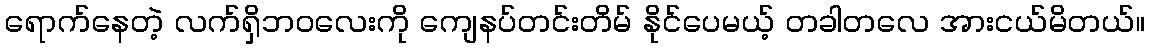
ရောက်နေတဲ့ လက်ရှိဘဝလေးကို ကျေနပ်တင်းတိမ် နိုင်ပေမယ့် တခါတလေ အားငယ်မိတယ်။